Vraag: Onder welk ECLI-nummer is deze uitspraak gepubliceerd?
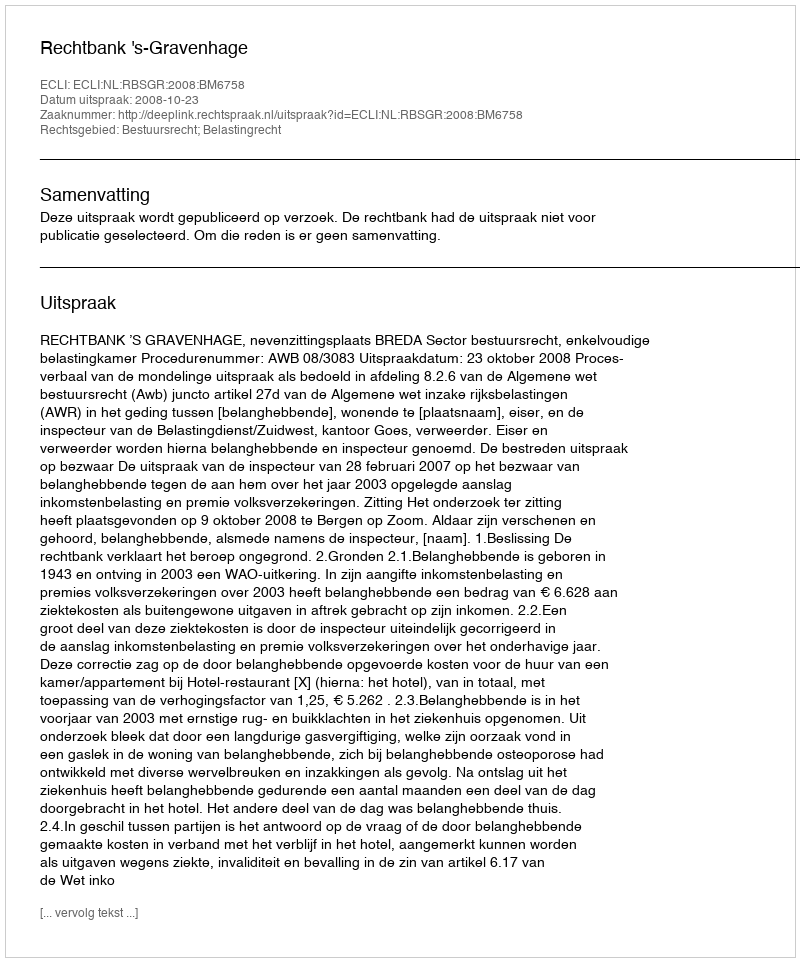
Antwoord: ECLI:NL:RBSGR:2008:BM6758